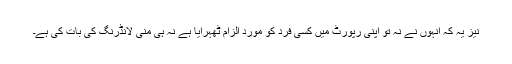
نیز یہ کہ انہوں نے نہ تو اپنی رپورٹ میں کسی فرد کو مورد الزام ٹھہرایا ہے نہ ہی منی لانڈرنگ کی بات کی ہے۔